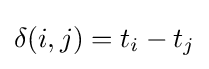
\delta (i,j)=t_{i}-t_{j}